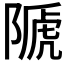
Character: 𨻆